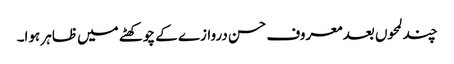
چند لمحوں بعد معروف حسن دروازے کے چوکھٹے میں ظاہر ہوا۔